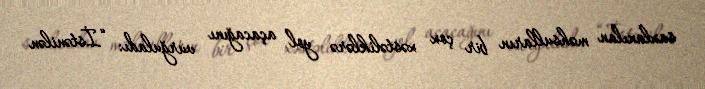
saxlanılan məhsulların bir çox xəstəliklərə yol açacağını vurğuladı: “İstənilən